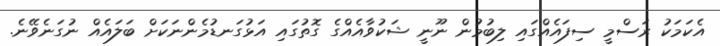
އެކަމަކު ރަސްމީ ސިފައެއްގައި ލިބުމުން ނޫނީ ޝަކުވާއެއްގެ ގޮތުގައި އަޅުގަނޑުމެންނަކަށް ބަލައެއް ނުގަނެވޭނެ.